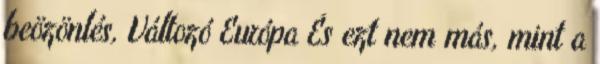
beözönlés, Változó Európa És ezt nem más, mint a